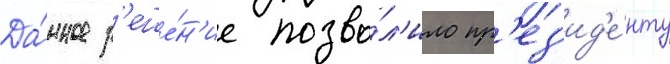
Да́нное р'еше́н'ие позво́л'ило пр'ез'ид'е́нту